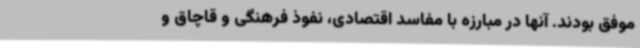
موفق بودند. آنها در مبارزه با مفاسد اقتصادی، نفوذ فرهنگی و قاچاق و